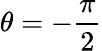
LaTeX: \theta=-{\frac{\pi}{2}}